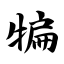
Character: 犏